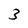
Character: 3